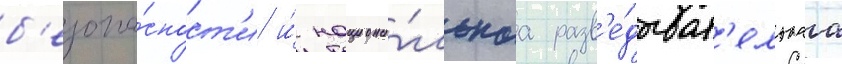
б'езопа́сност'и и́ национа́льнаа разв'е́дыват'ельнаа